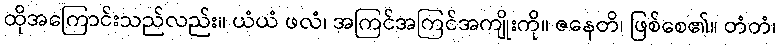
ထိုအကြောင်းသည်လည်း။ ယံယံ ဖလံ၊ အကြင်အကြင်အကျိုးကို။ ဇနေတိ၊ ဖြစ်စေ၏။ တံတံ၊